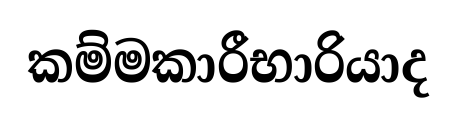
කම්මකාරීභාරියාද